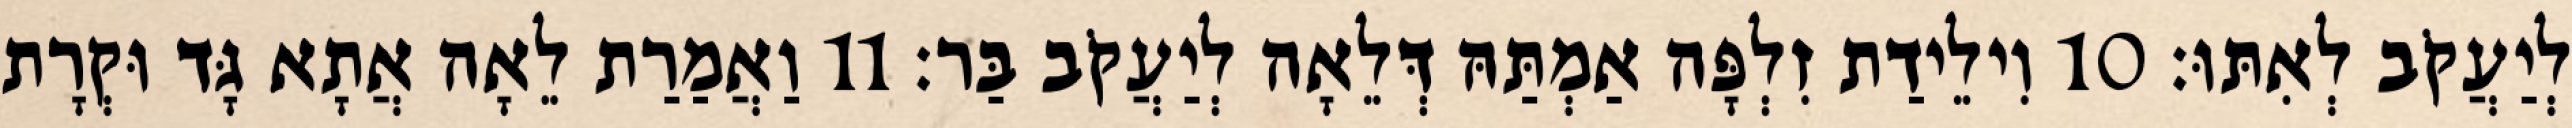
לְיַעֲקֹב לְאִתּוּ׃ 10 וִילֵידַת זִלְפָּה אַמְתַּהּ דְּלֵאָה לְיַעֲקֹב בַּר׃ 11 וַאֲמַרַת לֵאָה אֲתָא גָּד וּקְרָת